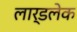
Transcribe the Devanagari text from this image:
लार्डलेक